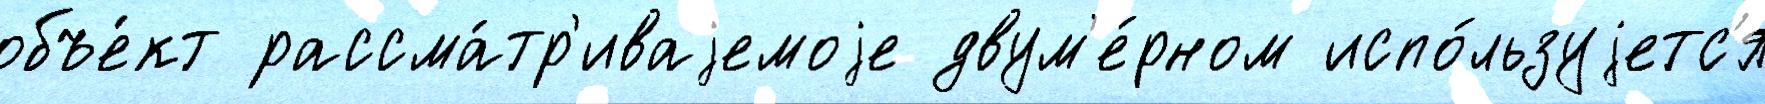
объе́кт рассма́тр'иваjемоjе двум'е́рном испо́льзуjетс'я